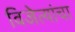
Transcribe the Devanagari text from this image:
विजेत्यांचा